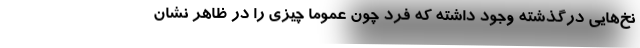
نخ‌هایی درگذشته وجود داشته که فرد چون عموما چیزی را در ظاهر نشان